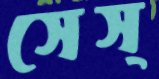
সেস্